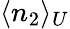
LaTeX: \langle n_{2}\rangle_{U}